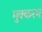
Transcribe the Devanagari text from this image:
मुक्करम